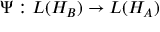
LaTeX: \Psi : L ( H _ { B } ) \rightarrow L ( H _ { A } )